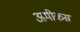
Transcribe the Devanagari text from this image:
अमीकस